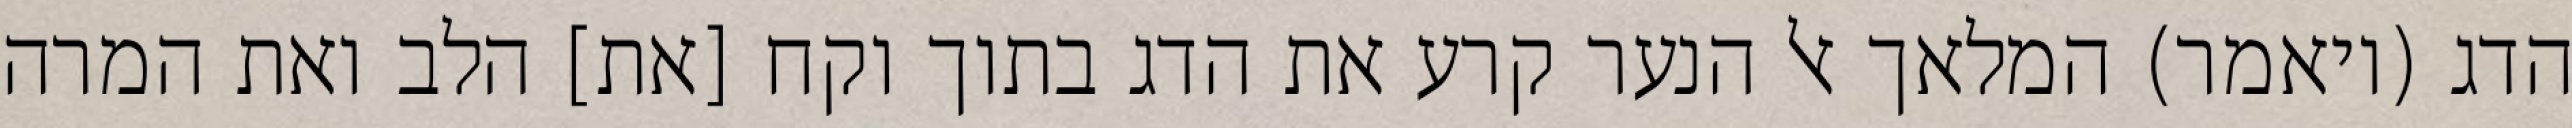
הדג (ויאמר) המלאך אל הנער קרע את הדג בתוך וקח [את] הלב ואת המרה